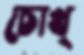
চোখ্